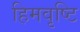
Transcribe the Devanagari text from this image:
हिमवृष्टि